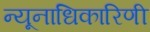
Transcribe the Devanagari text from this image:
न्यूनाधिकारिणी